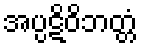
အပ္ပဋိဝိဘတ္တံ